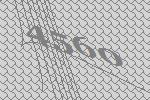
4560